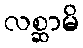
လစ္ဆာမိ